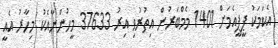
އެކަމަކު ޕީޕީއެމަށް 1401 މެމްބަރުން އިތުރުވި އިރު 37633 މީހުންނާއެކު މިހާރު އެއީ